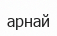
арнай